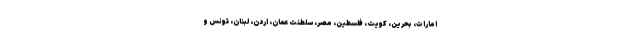
امارات، بحرین، کویت، فلسطین، مصر، سلطنت عمان، اردن، لبنان، تونس و